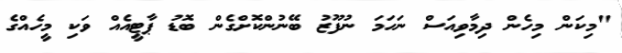
"މިކަން މިހެން ދިމާވިއަސް ނަހަމަ ނުފޫޒު ބޭނުންކޮށްގެން ބޮޑު ޕާޓީއެއް ވަކި މީހެއްގެ